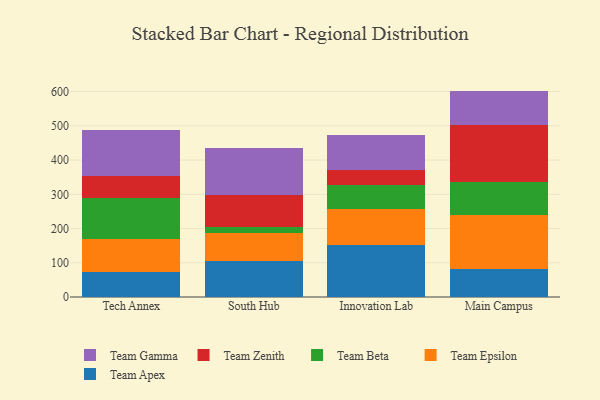
{"axis": {"x": "Campus", "y": "Satisfaction Score"}, "legend": ["Team Apex", "Team Beta", "Team Epsilon", "Team Gamma", "Team Zenith"], "data": [{"x": "Tech Annex", "y": 74.5, "type": "Team Apex"}, {"x": "Tech Annex", "y": 95.0, "type": "Team Epsilon"}, {"x": "Tech Annex", "y": 119.4, "type": "Team Beta"}, {"x": "Tech Annex", "y": 65.7, "type": "Team Zenith"}, {"x": "Tech Annex", "y": 133.7, "type": "Team Gamma"}, {"x": "South Hub", "y": 104.0, "type": "Team Apex"}, {"x": "South Hub", "y": 81.6, "type": "Team Epsilon"}, {"x": "South Hub", "y": 19.7, "type": "Team Beta"}, {"x": "South Hub", "y": 94.0, "type": "Team Zenith"}, {"x": "South Hub", "y": 136.1, "type": "Team Gamma"}, {"x": "Innovation Lab", "y": 151.9, "type": "Team Apex"}, {"x": "Innovation Lab", "y": 105.6, "type": "Team Epsilon"}, {"x": "Innovation Lab", "y": 70.0, "type": "Team Beta"}, {"x": "Innovation Lab", "y": 42.5, "type": "Team Zenith"}, {"x": "Innovation Lab", "y": 103.1, "type": "Team Gamma"}, {"x": "Main Campus", "y": 83.0, "type": "Team Apex"}, {"x": "Main Campus", "y": 156.2, "type": "Team Epsilon"}, {"x": "Main Campus", "y": 97.0, "type": "Team Beta"}, {"x": "Main Campus", "y": 166.1, "type": "Team Zenith"}, {"x": "Main Campus", "y": 99.9, "type": "Team Gamma"}]}